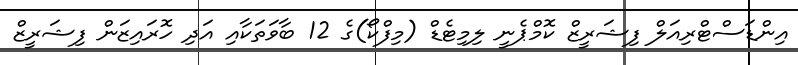
އިންޑަސްޓްރިއަލް ފިޝަރީޒް ކޮމްޕެނީ ލިމިޓެޑް (މިފްކޯ)ގެ 12 ބާވަތަކާއި އަދި ހޮރައިޒަން ފިޝަރީޒް